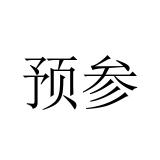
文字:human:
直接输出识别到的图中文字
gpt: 预参